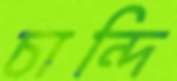
চান্দি